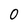
Character: O